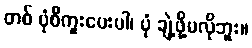
တစ် ပုံစီကူးပေးပါ၊ ပုံ ချဲ့ဖို့မလိုဘူး။